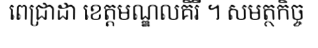
ពេជ្រាដា ខេត្តមណ្ឌលគិរី ។ សមត្ថកិច្ច